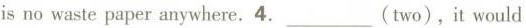
is no waste paper anywhere.4.___（two），it would